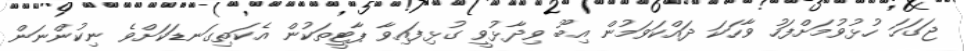
ޖަގަހަ ހުޅުވުމަށްފަހު ވާހަކަ ދައްކަވަމުން އިބޫ ވިދާޅުވީ ގުޅިފައިވާ ޕާޓީތަކުން އެކަތިގަނޑަކަށްވެ ނިކުންނަން